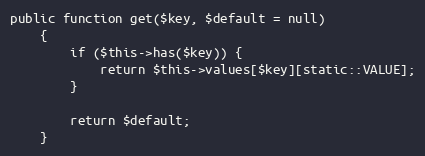
Language: PHP
public function get($key, $default = null)
    {
        if ($this->has($key)) {
            return $this->values[$key][static::VALUE];
        }

        return $default;
    }